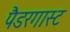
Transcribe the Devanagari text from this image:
पैडरगास्ट